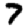
Digit: 7